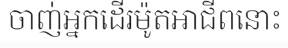
ចាញ់អ្នកដើរម៉ូតអាជីពនោះ